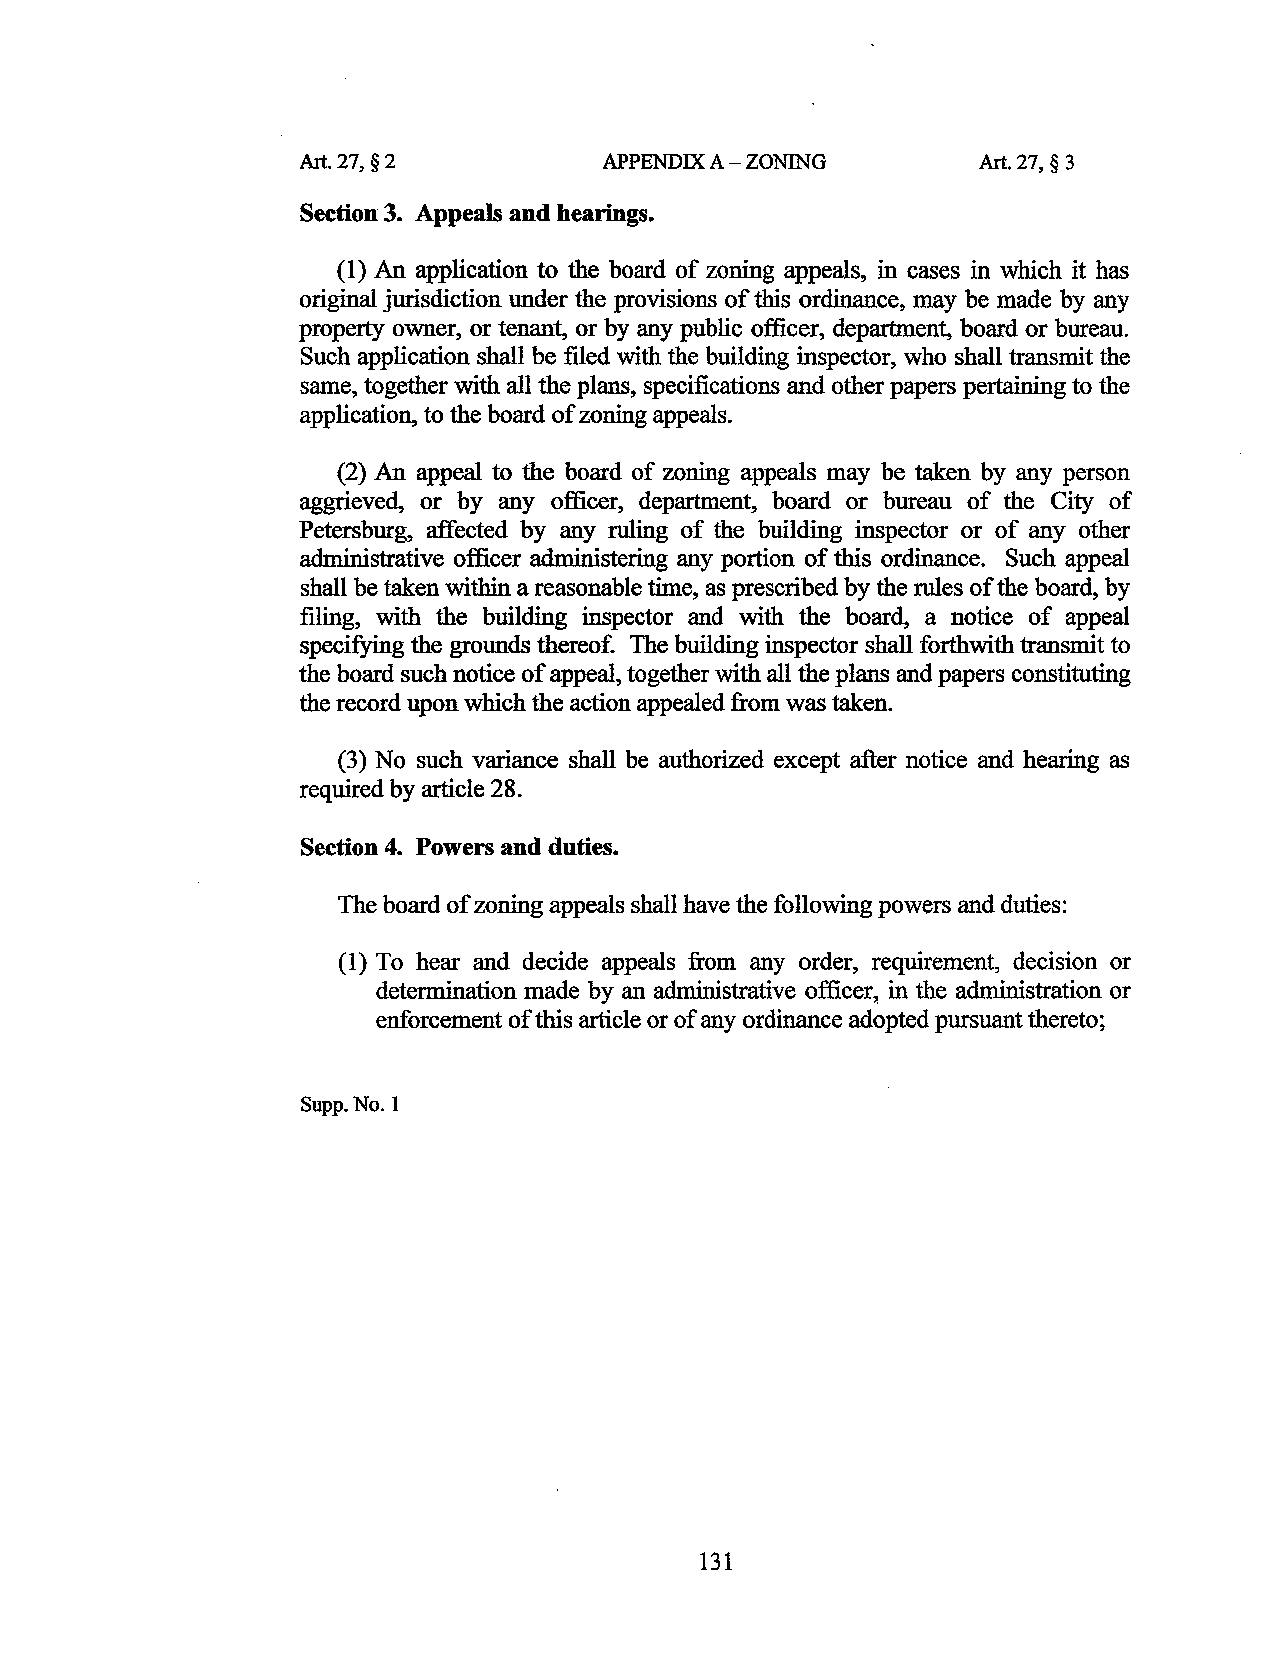
Art. 27, § 2        APPENDIX A-ZONING        Art. 27, § 3
 Section 3. Appeals and hearings.
 (1) An application to the board of zoning appeals, in cases in which it has
 original jurisdiction under the provisions of this ordinance, may be made by any
 property owner, or tenant, or by any public officer, department, board or bureau.
 Such application shall be filed with the building inspector, who shall transmit the
 same, together with all the plans, specifications and other papers pertaining to the
 application, to the board of zoning appeals.
 (2) An appeal to the board of zoning appeals may be taken by any person
 aggrieved, or by any officer, department, board or bureau of the City of
 Petersburg, affected by any ruling of the building inspector or of any other
 administrative officer administering any portion of this ordinance. Such appeal
 shall be taken within a reasonable time, as prescribed by the rules of the board, by
 filing, with the building inspector and with the board, a notice of appeal
 specifying the grounds thereof. The building inspector shall forthwith transmit to
 the board such notice of appeal, together with all the plans and papers constituting
 the record upon which the action appealed from was taken.
 (3) No such variance shall be authorized except after notice and hearing as
 required by article 28.
 Section 4. Powers and duties.
 The board of zoning appeals shall have the following powers and duties:
 (1) To hear and decide appeals from any order, requirement, decision or
 determination made by an administrative officer,. in the administration or
 enforcement of this article or of any ordinance adopted pursuant thereto;
 Supp. No.I
 131